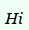
Ні